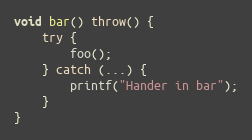
Language: C++
void bar() throw() {
    try {
        foo();
    } catch (...) {
        printf("Hander in bar");
    }
}